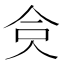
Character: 𠈏